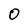
Character: O